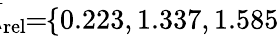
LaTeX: \! \! \! \overline{{\lambda}}_{\mathrm{{rel}}}\! \! =\! \! \{ 0.223,1.337,1.585\} \! \! \!